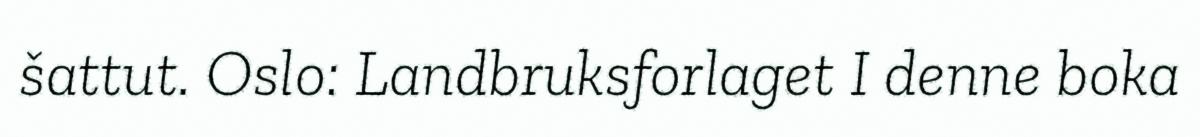
šattut. Oslo: Landbruksforlaget I denne boka